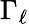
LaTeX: \Gamma_{\ell}